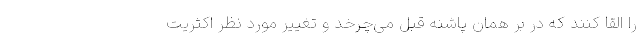
را القا کنند که در بر همان پاشنه قبل می‌چرخد و تغییر مورد نظر اکثریت